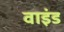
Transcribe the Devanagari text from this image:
वाइंड